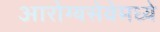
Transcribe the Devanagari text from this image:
आरोग्यसेवेमध्ये